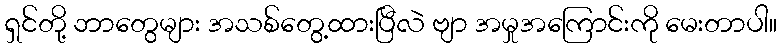
ရှင်တို့ ဘာတွေများ အသစ်တွေ့ထားပြီလဲ ဗျာ အမှုအကြောင်းကို မေးတာပါ။